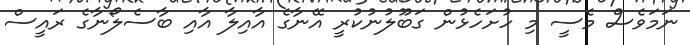
ނަމަވެސް މެސީ މި ހުށަހެޅުން ގަބޫލުނުކުރީ އޭނާގެ އާއިލާ އާއި ބާސެލޯނާގެ ރައީސް